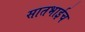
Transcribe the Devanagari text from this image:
सातभाईच